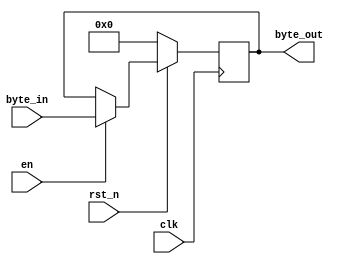
module byte_reg(
	input [7:0] byte_in,
	input clk, rst_n, en,
	output reg [7:0] byte_out
);

always @(posedge clk) begin
	if(~rst_n)
	byte_out <= 8'b0;
	 else
	if(en)byte_out <= byte_in;
			
end

endmodule